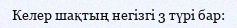
Келер шақтың негізгі 3 түрі бар: